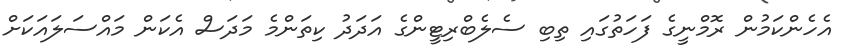
އެހެންކަމުން ރޮމްނީގެ ފަހަތުގައި ތިބި ސެލެބްރިޓީންގެ އަދަދު ކިތަންމެ މަދަސް އެކަން މައްސަލައަކަށް